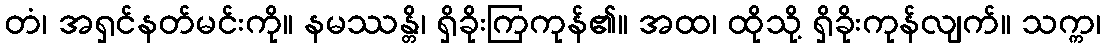
တံ၊ အရှင်နတ်မင်းကို။ နမဿန္တိ၊ ရှိခိုးကြကုန်၏။ အထ၊ ထိုသို့ ရှိခိုးကုန်လျက်။ သက္က၊